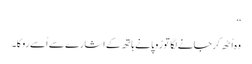
‘‘
وہ اُٹھ کر جانے لگا تو رُوپا نے ہاتھ کے اشارے سے اُسے روکا۔